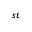
^ { s t }